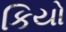
કિયો